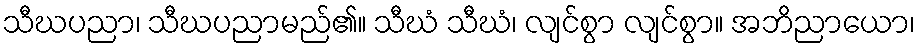
သီဃပညာ၊ သီဃပညာမည်၏။ သီဃံ သီဃံ၊ လျင်စွာ လျင်စွာ။ အဘိညာယော၊